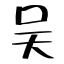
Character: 吴